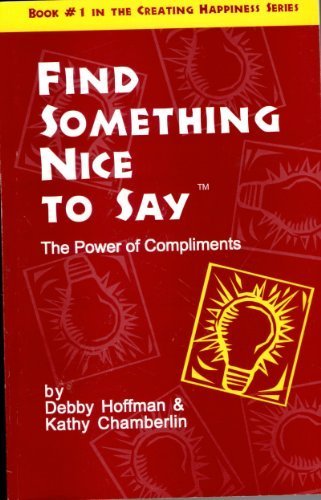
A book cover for Find Something Nice to Say - The power of compliments; Debby Hoffman; Computers & Technology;